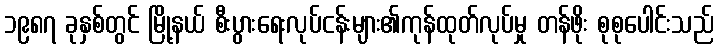
၁၉၈၇ ခုနှစ်တွင် မြို့နယ် စီးပွားရေးလုပ်ငန်းများ၏ကုန်ထုတ်လုပ်မှု တန်ဖိုး စုစုပေါင်းသည်